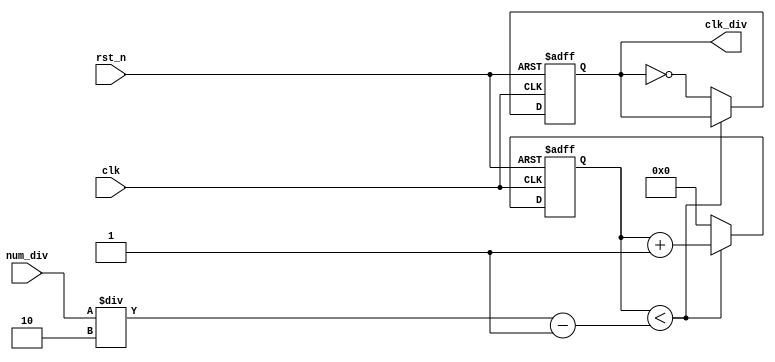
module divider_even# (
    parameter WIDTH_NUM_DIV = 4)
(
    input                           clk,
    input                           rst_n,
    input [ WIDTH_NUM_DIV   -1 : 0] num_div,
    output reg                      clk_div
);

reg [WIDTH_NUM_DIV     : 0] cnt;

always @(posedge clk or negedge rst_n) begin
    if(!rst_n) begin
        cnt     <= 0;
        clk_div <= 0;
    end else if(cnt < num_div / 2 - 1) begin
        cnt     <= cnt + 1;
        clk_div <= clk_div;
    end else begin
        cnt     <= 0;
        clk_div <= ~clk_div;
    end
end

endmodule